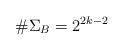
LaTeX: \begin{align*}\#\Sigma_B=2^{2k-2}\end{align*}